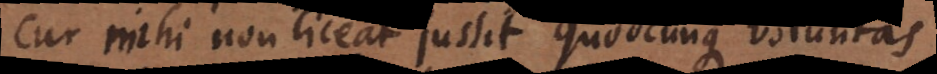
cur mihi non liceat jussit quodcunque voluntas.